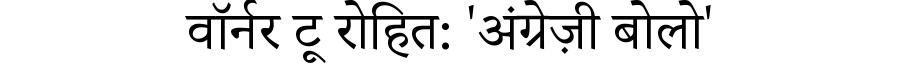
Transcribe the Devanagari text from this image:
वॉर्नर टू रोहित: 'अंग्रेज़ी बोलो'